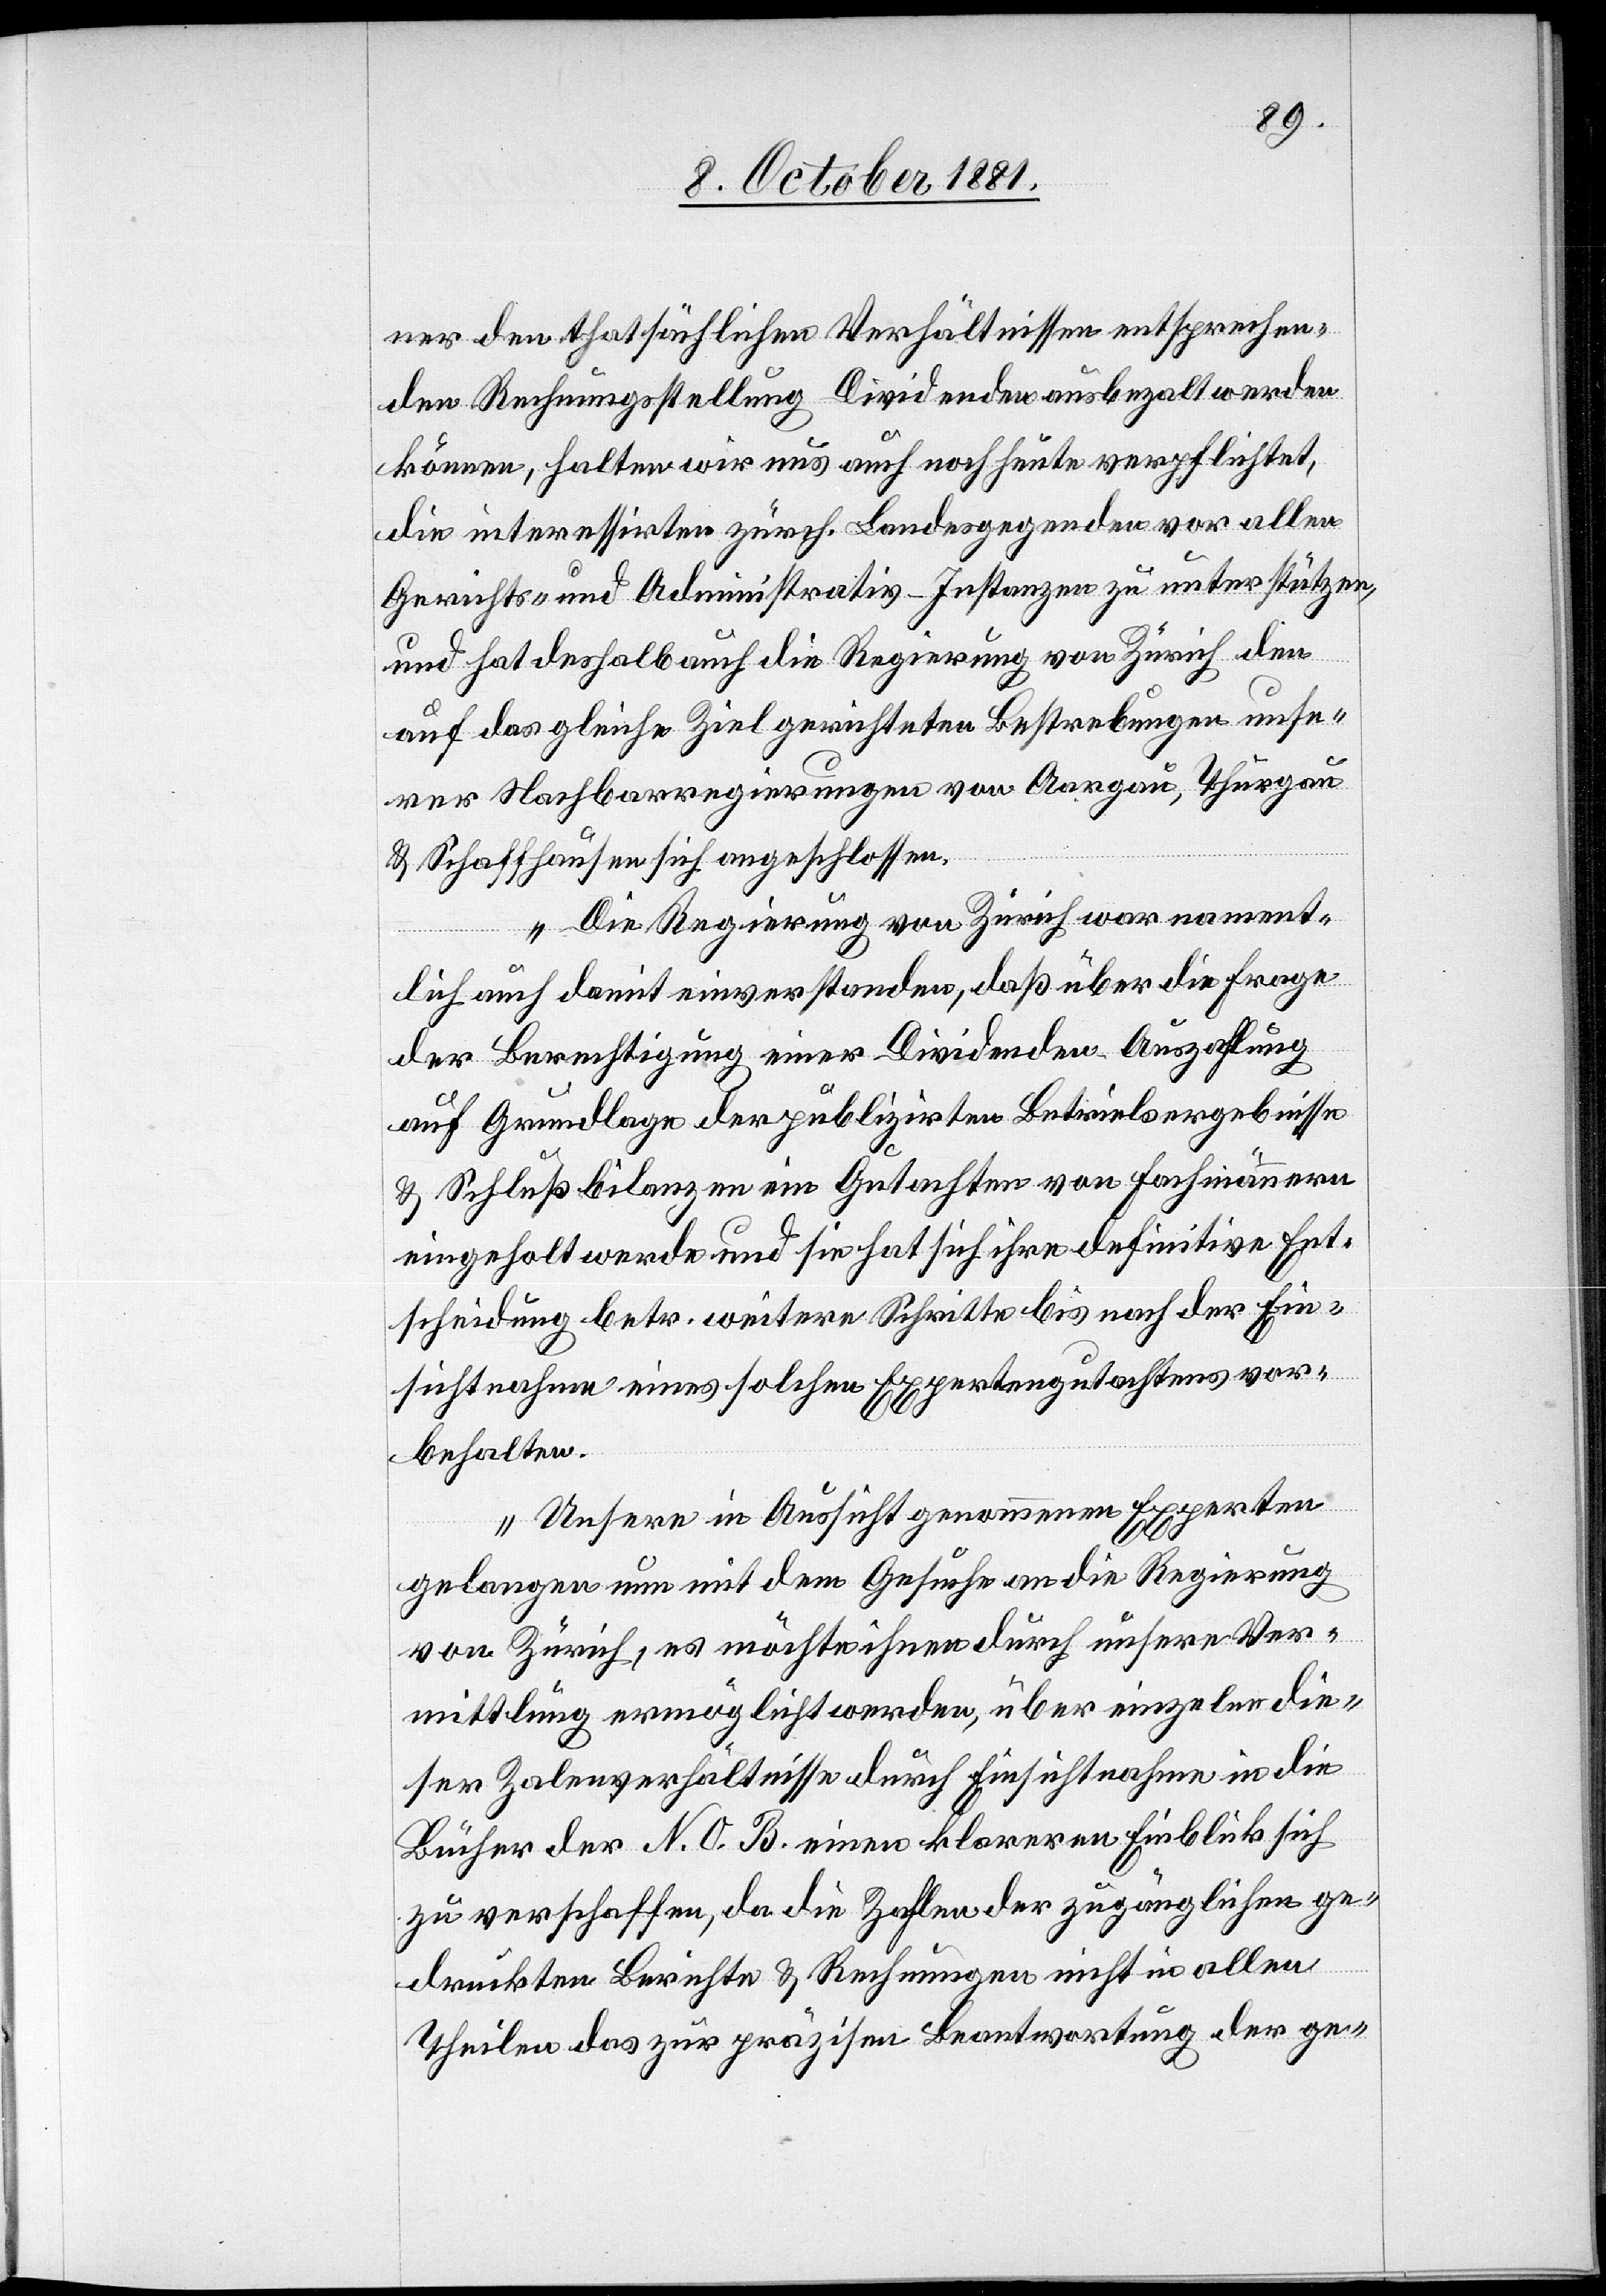
ner den thatsächlichen Verhältnissen entsprechen¬
den Rechnungsstellung Dividenden ausbezalt werden
können, halten wir uns auch noch heute verpflichtet,
die interessirten zürch. Landesgegenden vor allen
Gerichts- und Administrativ-Instanzen zu unterstützen,
und hat deshalb auch die Regierung von Zürich den
auf das gleiche Ziel gerichteten Bestrebungen unse¬
rer Nachbarregierungen von Aargau, Thurgau
& Schaffhausen sich angeschlossen.
Die Regierung von Zürich war nament¬
lich auch damit einverstanden, daß über die Frage
der Berechtigung einer Dividenden-Auszahlung
auf Grundlage der publizirten Betriebsergebnisse
& Schlussbilanzen ein Gutachten von Fachmännern
eingeholt werde und sie hat sich ihre definitive Ent¬
scheidung betr. weitere Schritte bis nach der Ein¬
sichtnahme eines solchen Expertengutachtens vor¬
behalten.
Unsere in Aussicht genommenen Experten
gelangen nun mit dem Gesuche an die Regierung
von Zürich, es möchte ihnen durch unsere Ver¬
mittlung ermöglicht werden, über einzelne die¬
ser Zalenverhältnisse durch Einsichtnahme in die
Bücher der N. O. B. einen klareren Einblick sich
zu verschaffen, da die Zahlen der zugänglichen ge¬
druckten Berichte & Rechnungen nicht in allen
Theilen das zur präzisen Beantwortung der ge-